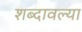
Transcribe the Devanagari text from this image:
शब्दावल्या